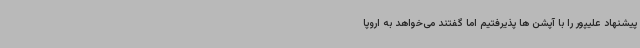
پیشنهاد علیپور را با آپشن ها پذیرفتیم اما گفتند می‌خواهد به اروپا